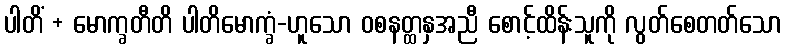
ပါတိံ + မောက္ခတီတိ ပါတိမောက္ခံ-ဟူသော ဝစနတ္ထနှအညီ စောင့်ထိန်းသူကို လွတ်စေတတ်သော